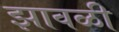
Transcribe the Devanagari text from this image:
झावळी